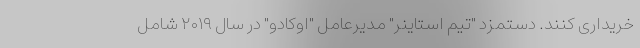
خریداری کنند. دستمزد "تیم استاینر" مدیرعامل "اوکادو" در سال ۲۰۱۹ شامل